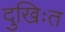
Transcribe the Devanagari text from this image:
दुखिःत